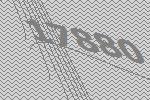
17880